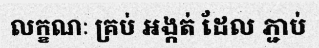
លក្ខណៈ គ្រប់ អង្កត់ ដែល ភ្ជាប់